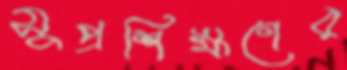
সুপ্রশিক্ষণের